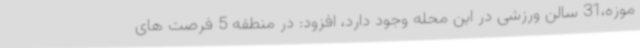
موزه،31 سالن ورزشی در این محله وجود دارد، افزود: در منطقه 5 فرصت های